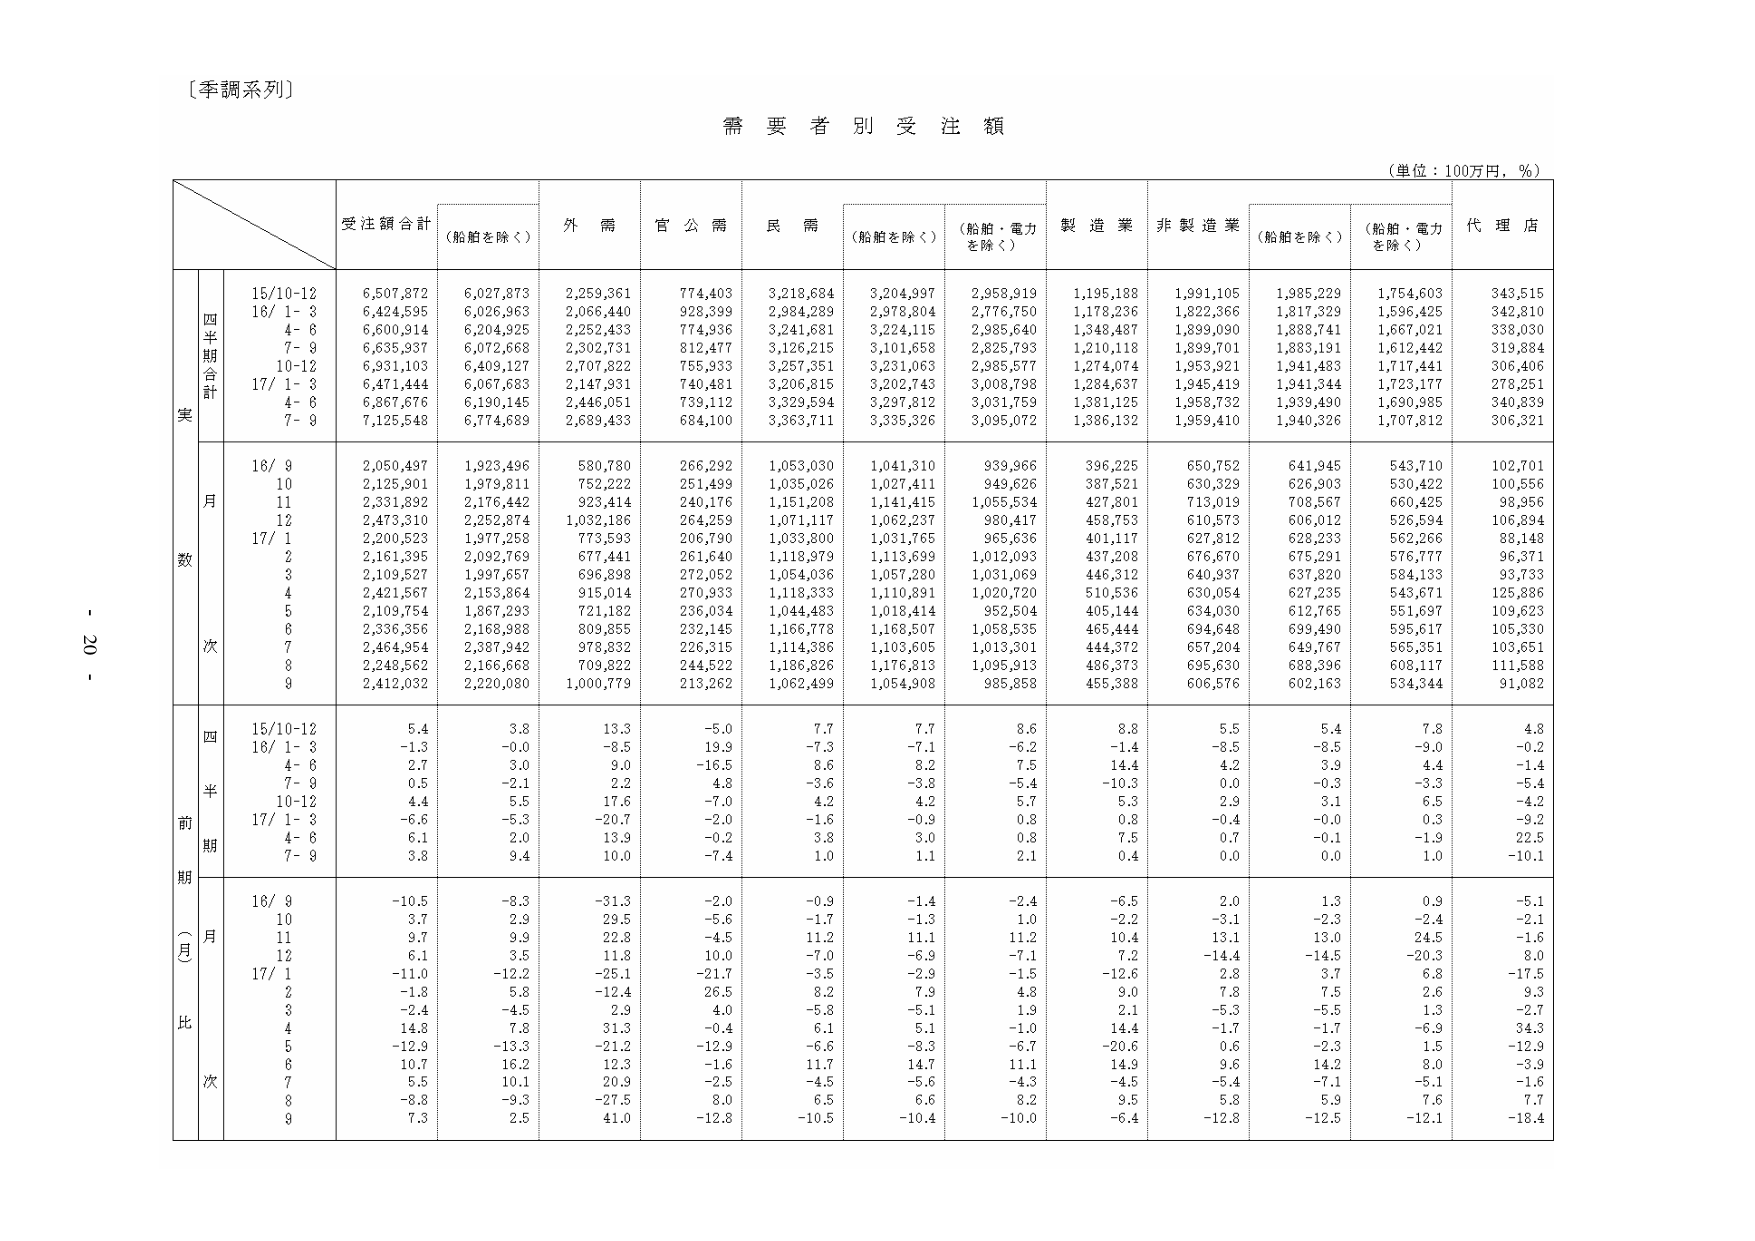
〔季調系列〕

需要者別受注額

（単位：100万円，％）

受注額合計　（船舶を除く）　外需　官公需　民需　（船舶を除く）　（船舶・電力を除く）　製造業　非製造業　（船舶を除く）　（船舶・電力を除く）　代理店

四半期合計
15/10-12　6,507,872　6,027,873　2,259,361　774,403　3,218,684　3,204,997　2,958,919　1,195,188　1,991,105　1,985,229　1,754,603　343,515
16/1-3　6,424,595　6,026,963　2,066,440　928,399　2,984,289　2,978,804　2,776,750　1,178,236　1,822,366　1,817,329　1,596,425　342,810
4-6　6,600,914　6,204,925　2,252,433　774,936　3,241,681　3,224,115　2,985,640　1,348,487　1,899,090　1,888,741　1,667,021　338,030
7-9　6,635,937　6,072,668　2,302,731　812,477　3,126,215　3,101,658　2,825,793　1,210,118　1,899,701　1,883,191　1,612,442　319,884
10-12　6,931,103　6,409,127　2,707,822　755,933　3,257,351　3,231,063　2,985,577　1,274,074　1,953,921　1,941,483　1,717,441　306,406
17/1-3　6,471,444　6,067,683　2,147,331　740,461　3,206,815　3,202,743　3,008,798　1,284,637　1,945,419　1,941,344　1,723,177　278,251
4-6　6,867,676　6,190,145　2,446,051　739,112　3,329,594　3,297,812　3,031,759　1,381,125　1,958,732　1,939,490　1,690,985　340,839
7-9　7,125,548　6,774,689　2,689,433　684,100　3,363,711　3,335,326　3,095,072　1,386,132　1,959,410　1,940,326　1,707,812　306,321

月次
16/9　2,050,497　1,923,496　580,780　266,292　1,053,030　1,041,310　939,966　396,225　650,752　641,945　543,710　102,701
10　2,125,901　1,979,811　752,222　251,499　1,035,026　1,027,411　949,626　387,521　630,329　626,903　530,422　100,556
11　2,331,892　2,176,442　923,414　240,176　1,151,208　1,141,415　1,055,534　427,801　713,019　708,567　660,425　98,956
12　2,473,310　2,252,874　1,032,186　264,259　1,071,117　1,062,237　980,417　458,753　610,573　606,012　526,594　106,894
17/1　2,200,523　1,977,258　773,593　206,790　1,033,800　1,031,765　965,636　401,117　627,812　628,233　562,266　88,148
2　2,161,395　2,092,769　677,441　261,640　1,118,979　1,113,699　1,012,093　437,208　676,670　675,291　576,777　96,371
3　2,109,527　1,997,657　696,898　272,052　1,054,036　1,057,280　1,031,069　446,312　640,937　637,820　584,133　93,733
4　2,421,567　2,153,864　915,014　270,933　1,118,333　1,110,891　1,020,720　510,536　630,054　627,235　543,671　125,886
5　2,109,754　1,867,293　721,182　236,034　1,044,483　1,018,414　952,504　405,144　634,030　612,765　551,697　109,623
6　2,336,356　2,168,988　809,855　232,145　1,166,778　1,168,507　1,058,535　465,444　694,648　699,490　595,617　105,330
7　2,464,954　2,387,942　978,832　226,315　1,114,386　1,103,605　1,013,301　444,372　657,204　649,767　565,351　103,651
8　2,248,562　2,166,668　709,822　244,522　1,186,826　1,176,813　1,095,913　486,373　695,630　688,396　608,117　111,588
9　2,412,032　2,220,080　1,000,779　213,262　1,062,499　1,054,908　985,858　455,388　606,576　602,163　534,344　91,082

前期（月）比
四半期
15/10-12　5.4　3.8　13.3　-5.0　7.7　7.7　8.6　8.8　5.5　5.4　7.8　4.8
16/1-3　-1.3　-0.0　-8.5　19.9　-7.3　-7.1　-6.2　-1.4　-8.5　-8.5　-9.0　-0.2
4-6　2.7　3.0　9.0　-16.5　8.6　8.2　7.5　14.4　4.2　3.3　4.4　-1.4
7-9　0.5　-2.1　2.2　4.8　-3.6　-3.8　-5.4　-10.3　0.0　-0.3　-3.3　-5.4
10-12　4.4　5.5　17.6　-7.0　4.2　4.2　5.7　5.3　2.9　3.1　6.5　-4.2
17/1-3　-6.6　-5.3　-20.7　-2.0　-1.6　-0.9　0.8　0.8　-0.4　-0.0　0.3　-9.2
4-6　6.1　2.0　13.9　-0.2　3.8　3.0　0.8　7.5　0.7　-0.1　-1.9　22.5
7-9　3.8　9.4　10.0　-7.4　1.0　1.1　2.1　0.4　0.0　0.0　1.0　-10.1

月次
16/9　-10.5　-8.3　-31.3　-2.0　-0.9　-1.4　-2.4　-6.5　2.0　1.3　0.9　-5.1
10　3.7　2.9　29.5　-5.6　-1.7　-1.3　1.0　-2.2　-3.1　-2.3　-2.4　-2.1
11　9.7　9.9　22.8　-4.5　11.2　11.1　11.2　10.4　13.1　13.0　24.5　-1.6
12　6.1　3.5　11.8　10.0　-7.0　-6.9　-7.1　7.2　-14.4　-14.5　-20.3　8.0
17/1　-11.0　-12.2　-25.1　-21.7　-3.5　-2.9　-1.5　-12.6　2.8　3.7　6.8　-17.5
2　-1.8　5.8　-12.4　26.5　8.2　7.9　4.8　9.0　7.8　7.5　2.6　9.3
3　-2.4　-4.5　2.9　4.0　-5.8　-5.1　1.9　2.1　-5.3　-5.5　1.3　-2.7
4　14.8　7.8　31.3　-0.4　6.1　5.1　-1.0　14.4　-1.7　-1.7　-6.9　34.3
5　-12.9　-13.3　-21.2　-12.9　-6.6　-8.3　-6.7　-20.6　0.6　-2.3　1.5　-12.9
6　10.7　16.2　12.3　-1.6　11.7　14.7　11.1　14.9　9.6　14.2　8.0　-3.9
7　5.5　10.1　20.9　-2.5　-4.5　-5.6　-4.3　-4.5　-5.4　-7.1　-5.1　-1.6
8　-8.8　-9.3　-27.5　8.0　6.5　6.6　8.2　9.5　5.8　5.3　7.6　7.7
9　7.3　2.5　41.0　-12.8　-10.5　-10.4　-10.0　-6.4　-12.8　-12.5　-12.1　-18.4

- 20 -